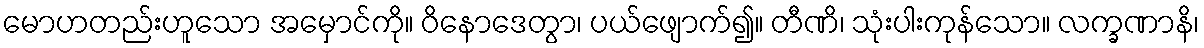
မောဟတည်းဟူသော အမှောင်ကို။ ဝိနောဒေတွာ၊ ပယ်ဖျောက်၍။ တီဏိ၊ သုံးပါးကုန်သော။ လက္ခဏာနိ၊